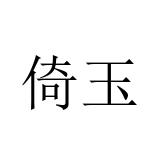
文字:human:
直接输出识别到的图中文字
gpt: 倚玉